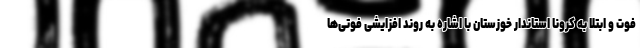
فوت و ابتلا به کرونا استاندار خوزستان با اشاره به روند افزایشی فوتی‌ها